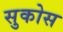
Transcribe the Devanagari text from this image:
सुकोस